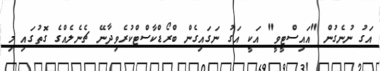
އަގު ނުނެގުން "އައިސްޓީވީ" އަކީ އަގު ނަގައިގެން ބްރޯޑްކާސްޓްކުރެވިދާނޭ ޗެނެލެއްގެ ގޮތުގައި މި